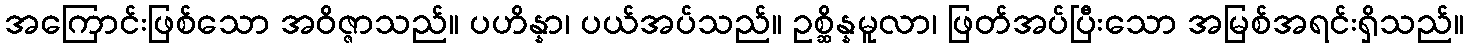
အကြောင်းဖြစ်သော အဝိဇ္ဇာသည်။ ပဟိန္နာ၊ ပယ်အပ်သည်။ ဥစ္ဆိန္နမူလာ၊ ဖြတ်အပ်ပြီးသော အမြစ်အရင်းရှိသည်။